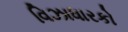
વિઝાધારકો